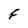
Character: F